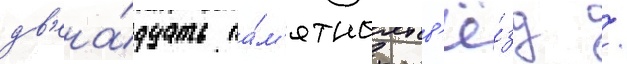
дв'ена́дцать па́м'ятных зв'ё́зд /